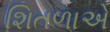
શિતળાએ